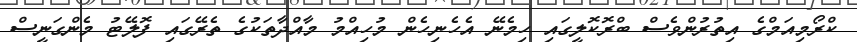
ކްރޯމިއަމްގެ އިތުރުންވެސް ބްރޮކޮލީގައި ހިމެނޭ އެހެނިހެން މުހިއްމު މާއްދާތަކުގެ ތެރޭގައި ފޮލޭޓު މެންގަނީސް